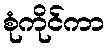
စုံကိုင်ကာ